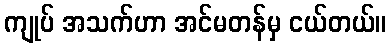
ကျုပ် အသက်ဟာ အင်မတန်မှ ငယ်တယ်။